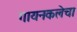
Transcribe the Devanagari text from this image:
गायनकलेचा